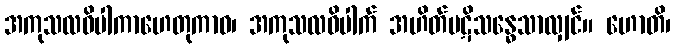
အကုသလဝိပါကာဟေတုကာဝ၊ အကုသလဝိပါက် အဟိတ်ပဋိသန္ဓေသာလျှင်။ ဟောတိ၊